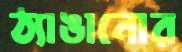
ঠ্যাঙানোর